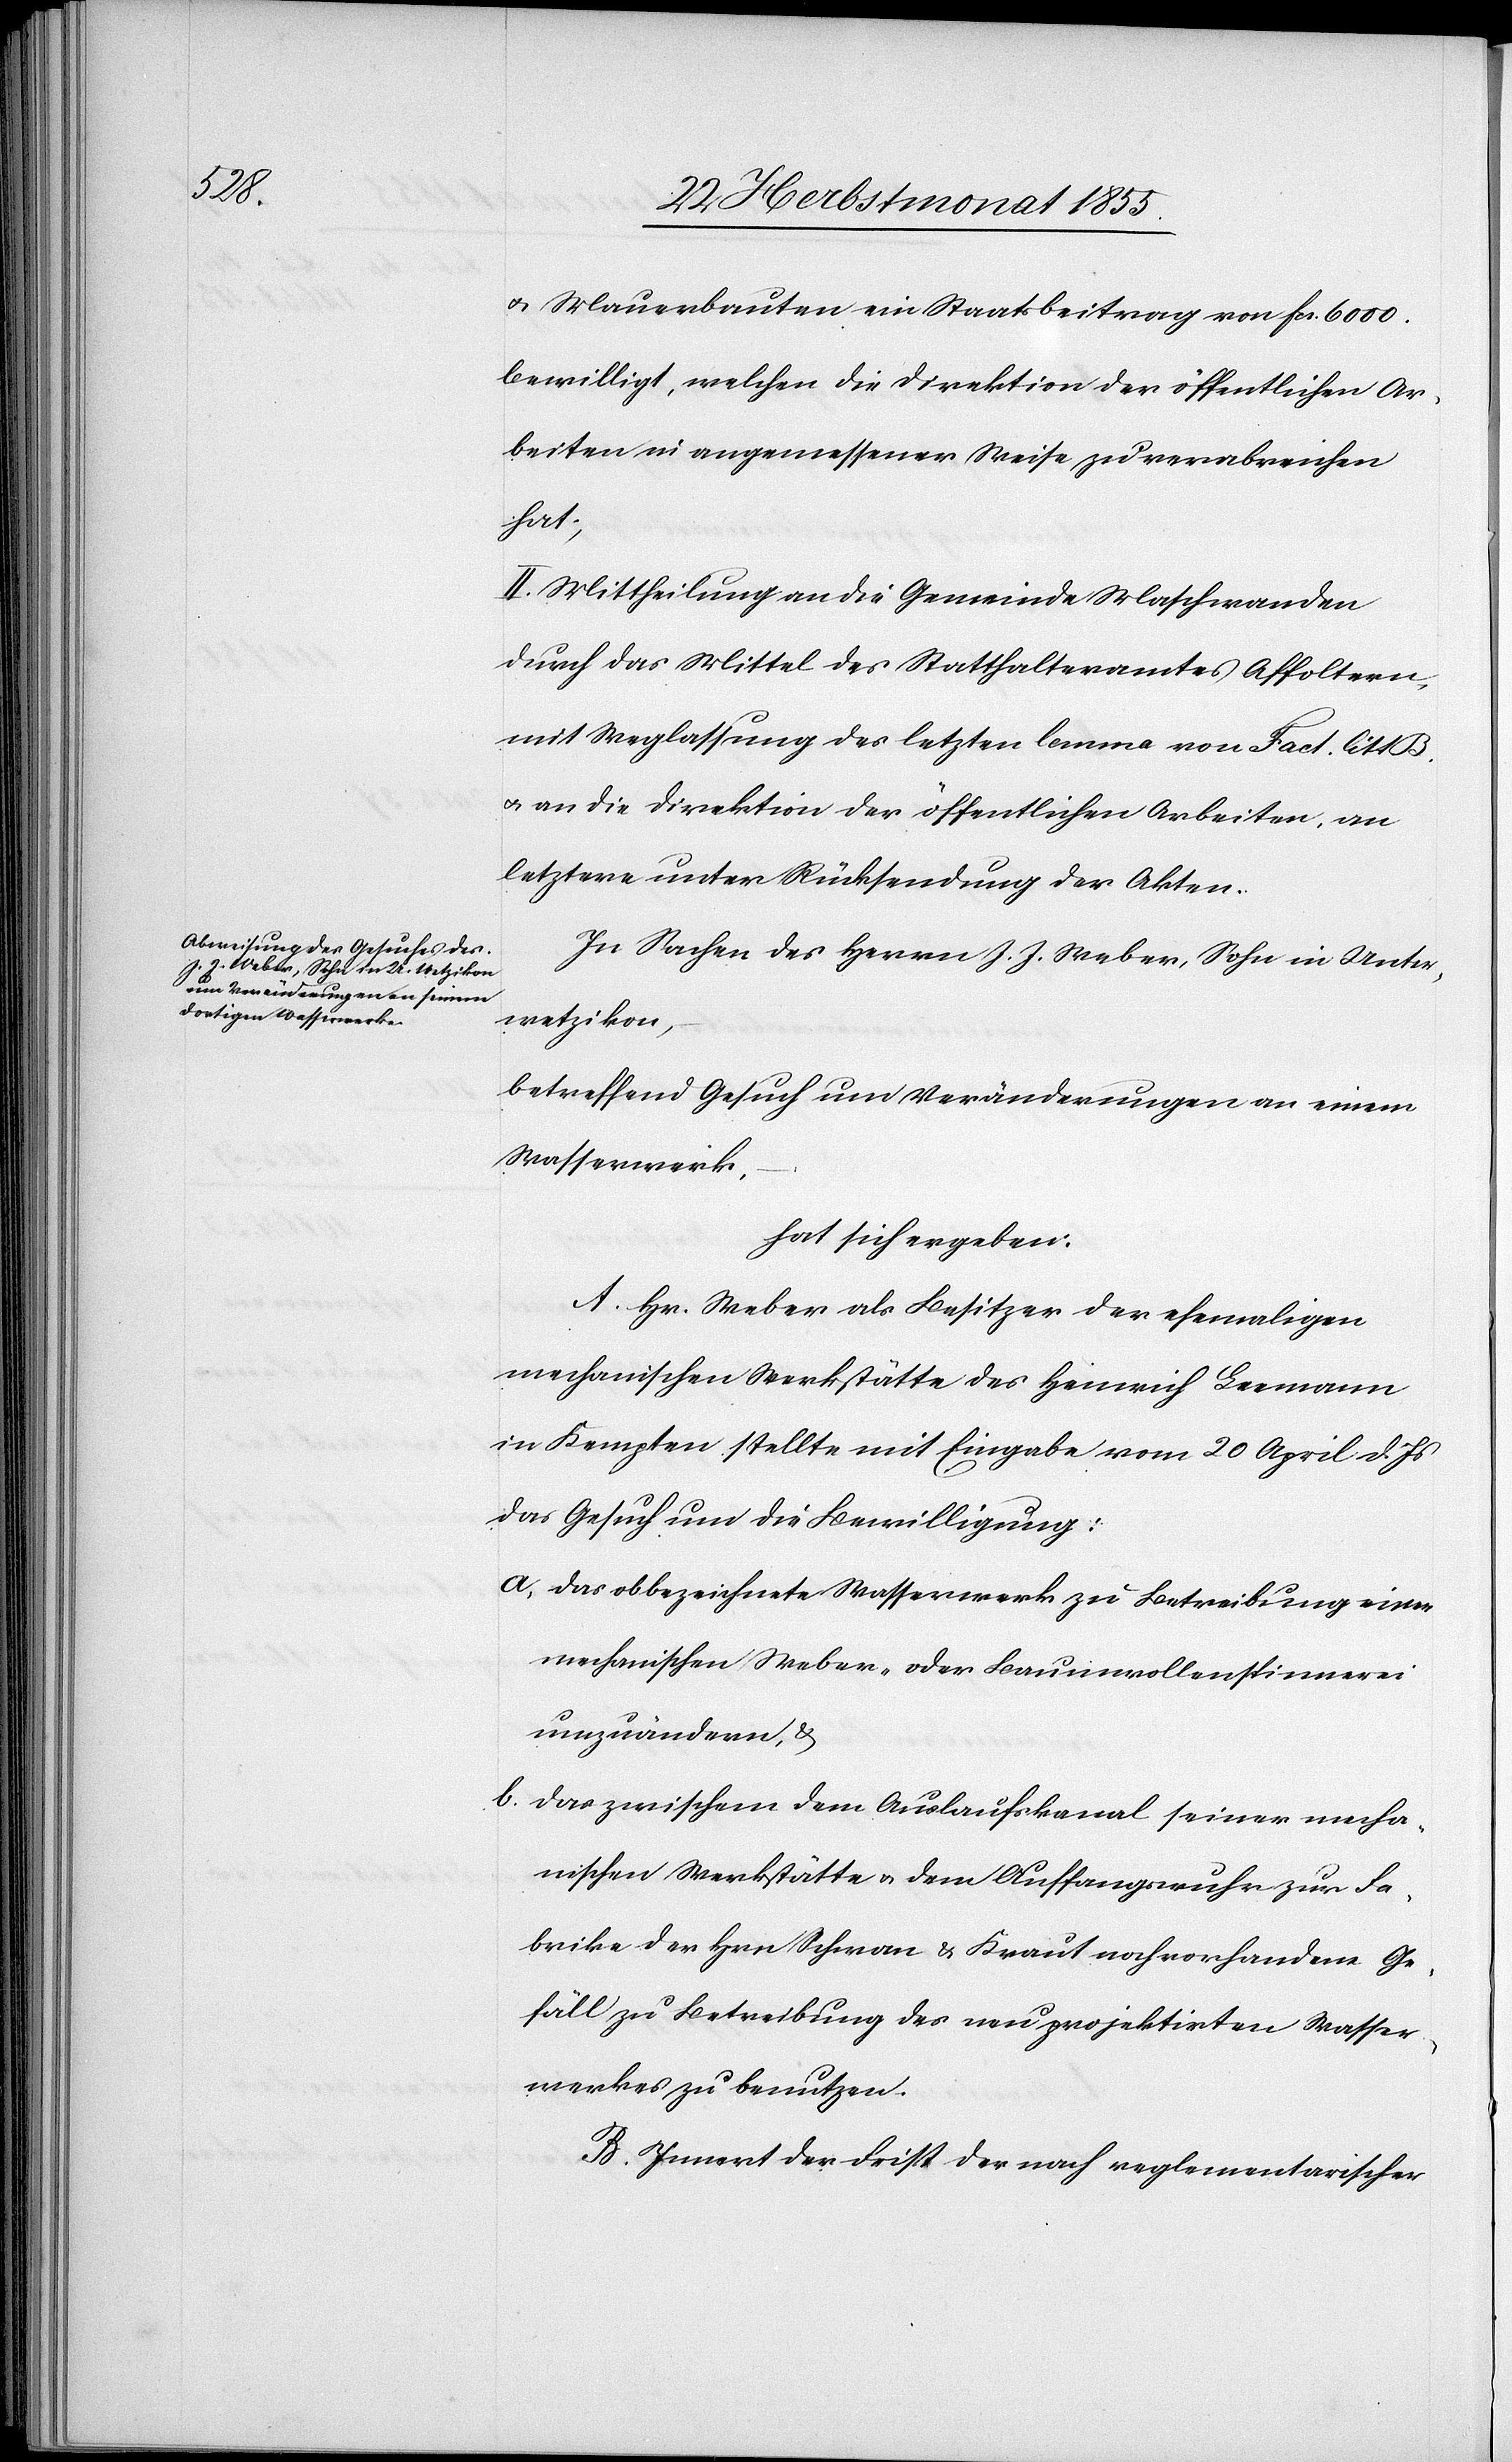
& Mauerbauten ein Staatsbeitrag von Fcs. 6000.
bewilligt, welchen die Direktion der öffentlichen Ar¬
beiten in angemessener Weise zu verabreichen
hat;
II. Mittheilung an die Gemeinde Maschwanden
durch das Mittel des Statthalteramtes Affoltern,
mit Weglassung des letzten lemma von Fact. litt.
& an die Direktion der öffentlichen Arbeiten, an
letztere unter Rücksendung der Akten.
In Sachen des Herrn J. J. Weber, Sohn in Unter¬
wetzikon,
betreffend Gesuch um Veränderungen an einem
Wasserwerk,
hat sich ergeben:
A. Hr. Weber als Besitzer der ehemaligen
mechanischen Werkstätte des Heinrich Leemann
in Kempten stellte mit Eingabe vom 20 April d. Js
das Gesuch um die Bewilligung:
das obbezeichnete Wasserwerk zu Betreibung einer
mechanischen Weber- oder Baumwollenspinnerei
umzuändern, &
das zwischen dem Auslaufskanal seiner mecha¬
nischen Werkstätte & dem Auffangswuhr zur Fa¬
brike der Hrn. Schwan & Kraut noch vorhandene Ge¬
fäll zu Betreibung des neu projektirten Wasser¬
werkes zu benutzen.
B. Innert der Frist der nach reglementarischer